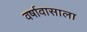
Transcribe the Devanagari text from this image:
वर्षावासाला